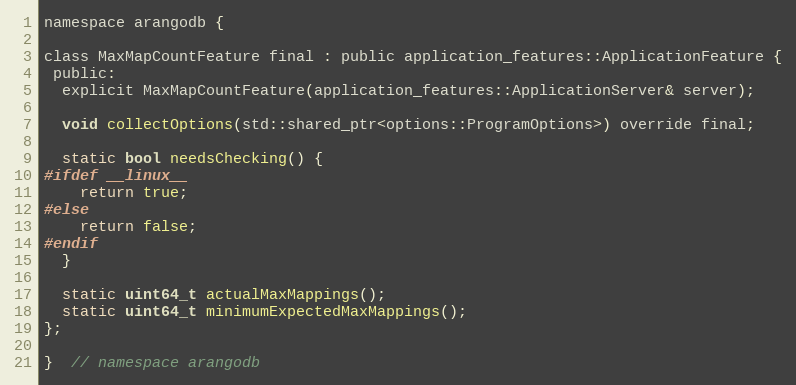
Language: C
namespace arangodb {

class MaxMapCountFeature final : public application_features::ApplicationFeature {
 public:
  explicit MaxMapCountFeature(application_features::ApplicationServer& server);

  void collectOptions(std::shared_ptr<options::ProgramOptions>) override final;

  static bool needsChecking() {
#ifdef __linux__
    return true;
#else
    return false;
#endif
  }

  static uint64_t actualMaxMappings();
  static uint64_t minimumExpectedMaxMappings();
};

}  // namespace arangodb